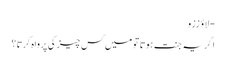
- لاؤ ززو
اگر یہ جنت ہوتا تو میں کس چیز کی پرواہ کرتا؟